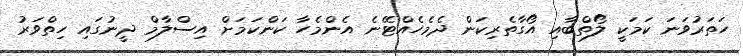
ހަތަރުވަނަ ކަމަކީ ލޯތްބާއި އޯގާތެރިކަން ދެމެހެއްޓޭނެ އެންމެހާ ކަންކަމަށް އިސްލާމް ދީނުގައި ހިތްވަރު